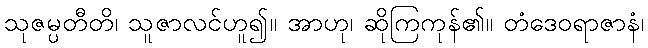
သုဇမ္ပတီတိ၊ သူဇာလင်ဟူ၍။ အာဟု၊ ဆိုကြကုန်၏။ တံဒေဝရာဇာနံ၊